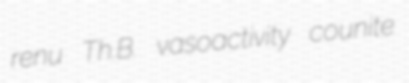
renu Th.B. vasoactivity counite